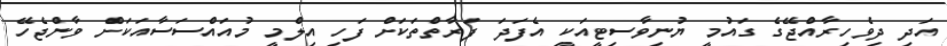
އަދި ދިވެހިރާއްޖޭގެ ގައުމީ ޔުނިވާސިޓީއަކީ އެފަދަ ފަރާތްތަކަަށް ފަހި އިލްމީ މުއައްސަސާއަކަށް ވާންޖެހޭ